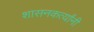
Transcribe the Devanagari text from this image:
शासनकर्त्यांनी